Jaan_Tonisson_(Lasteleht), lk 247
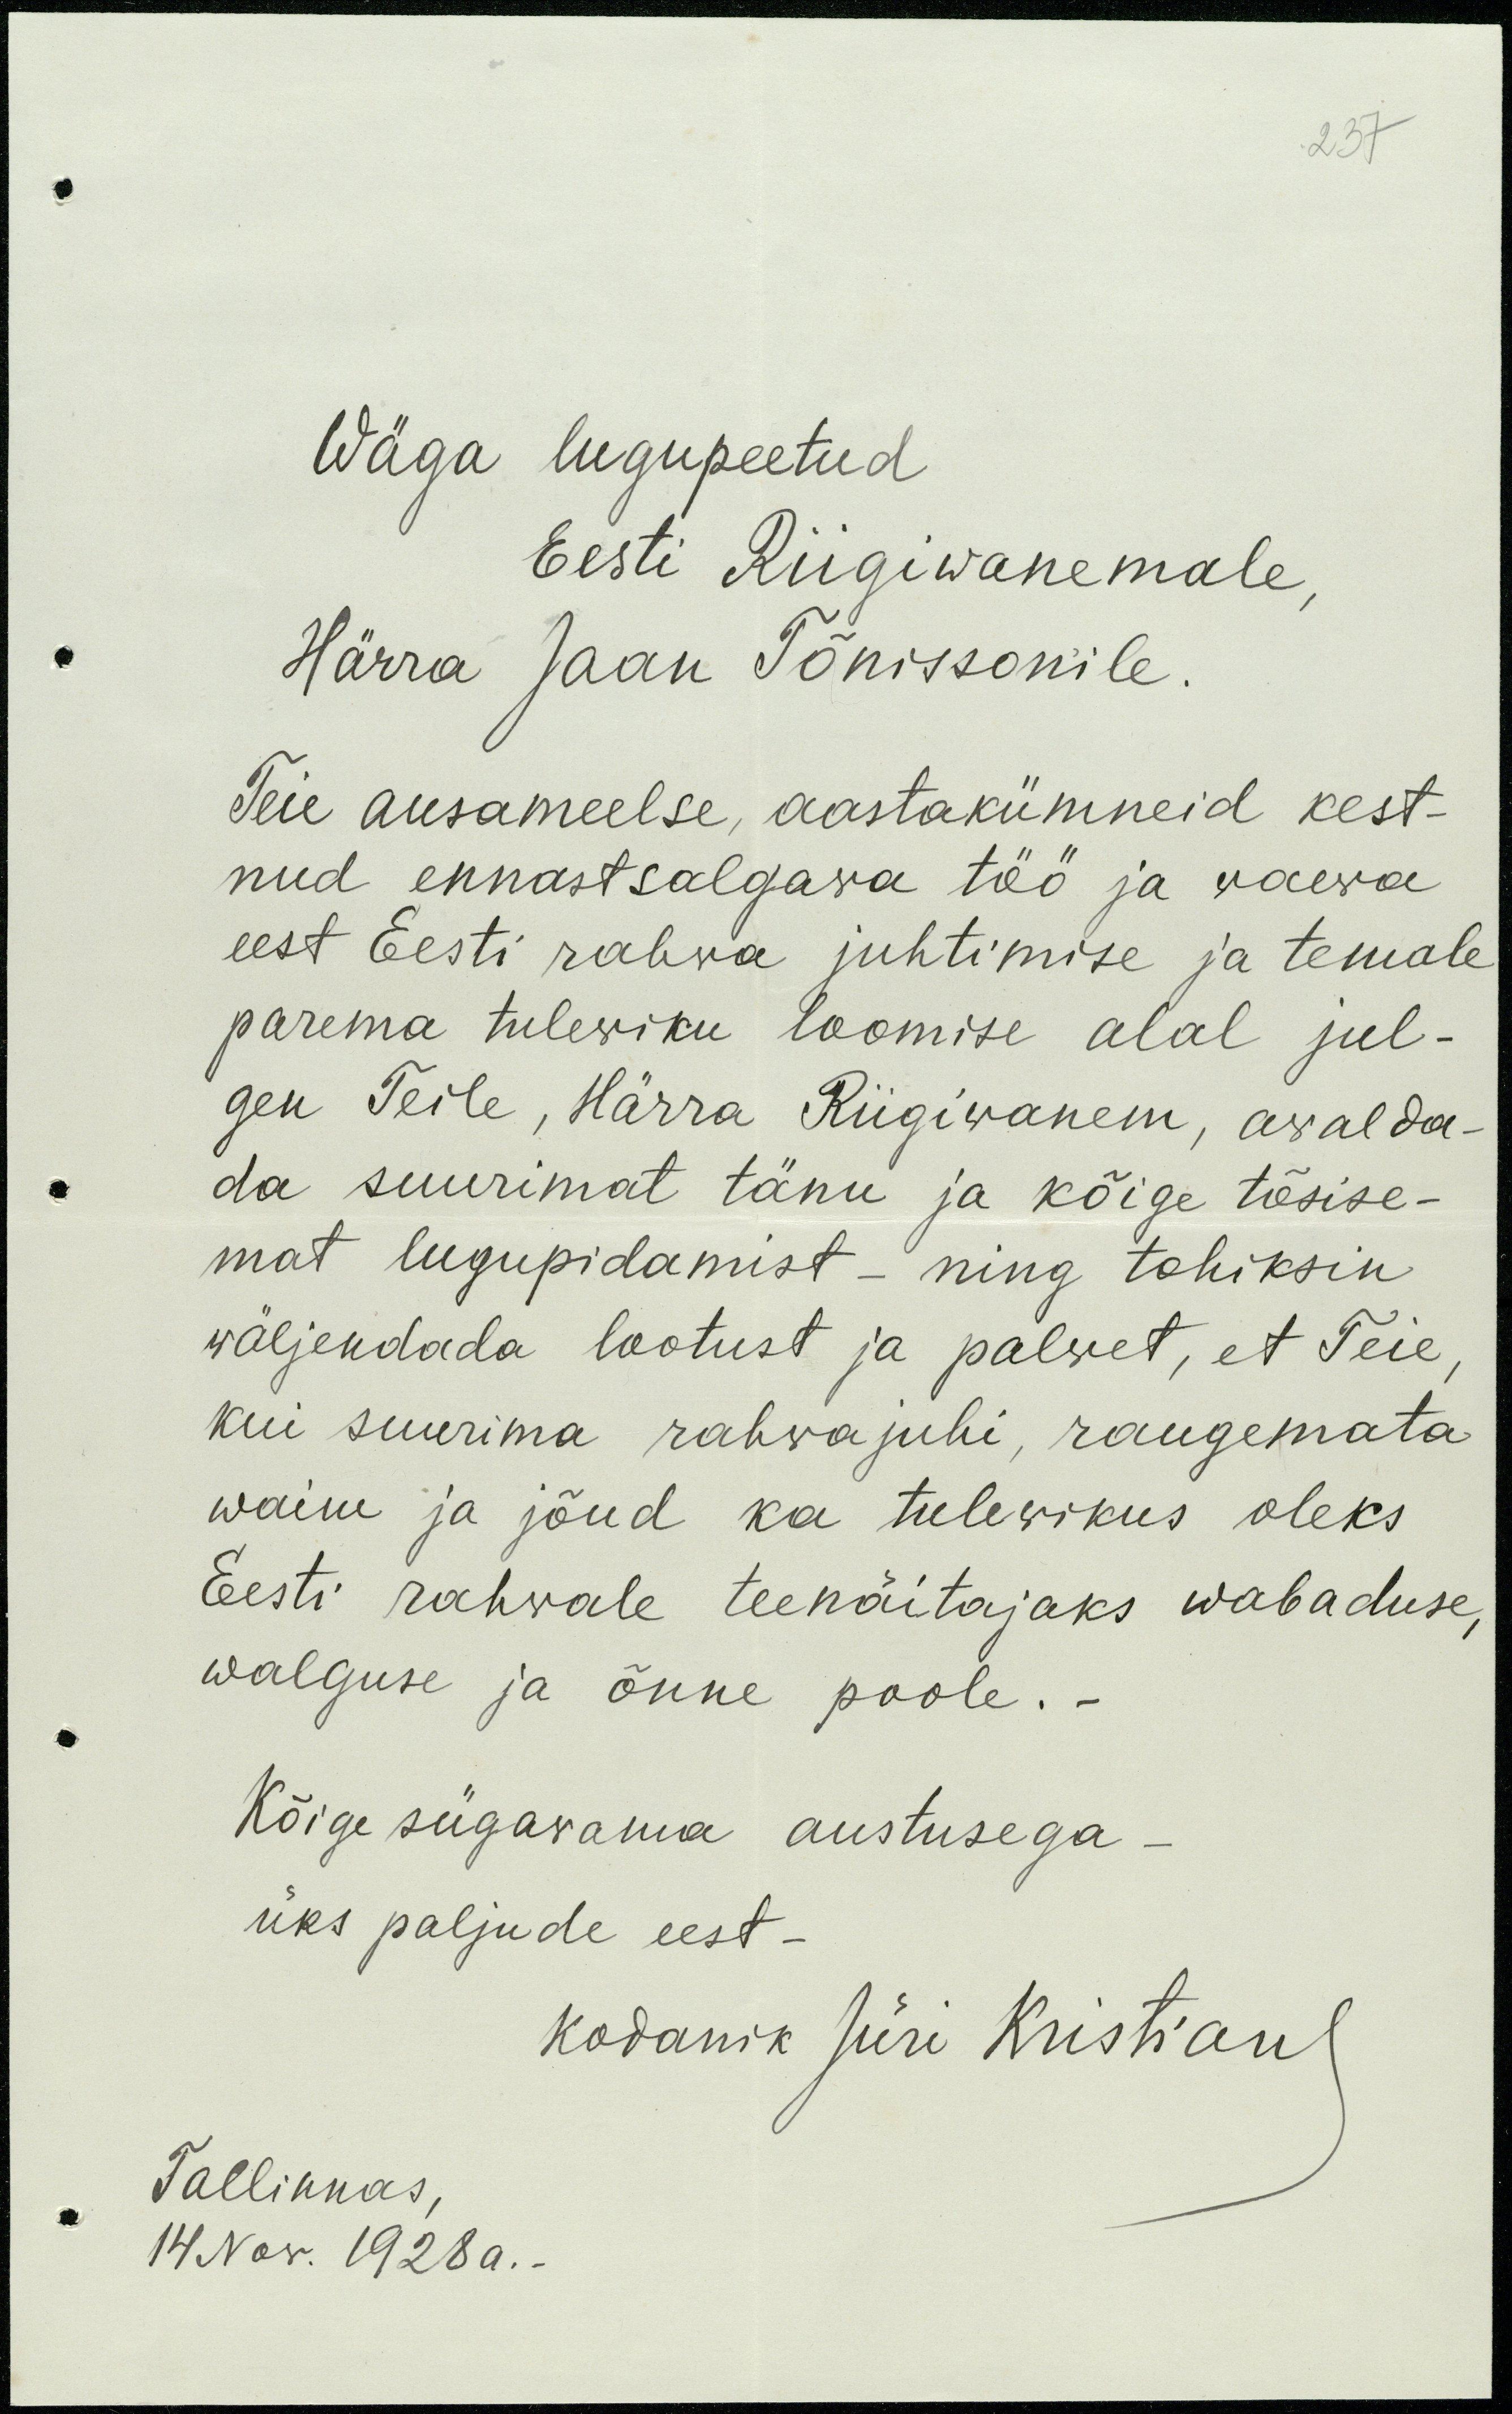
237

Wäga lugupeetud
Eesti Riigiwanemale,
Härra Jaan Tõnissonile.
Teie ausameelse aastakümneid kest-
nud ennastsalgawa töö ja vaeva
eest Eesti rahva juhtimise ja temale
parema tuleviku loomise alal jul-
gen Teile, Härra Riigivanem, avalda-
da suurimat tänu ja kõige tõsise-
mat lugupidamist - ning tohiksin
wäljendada lootust ja palvet, et Teie
kui suurima rahvajuhi, raugemata
waim ja jõud ka tulevikus oleks
Eesti rahvale teenäitajaks wabaduse,
walguse ja õnne poole. -
Kõige sügavama austusega -
üks paljude eest.
kodanik Jüri Kristian
Tallinnas,
14 Nov. 1928 a.-